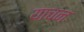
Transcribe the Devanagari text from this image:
याचन